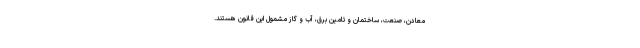
معادن، صنعت، ساختمان و تامین برق، آب و گاز مشمول این قانون هستند.